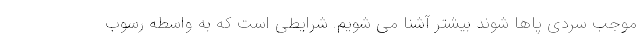
موجب سردی پاها شوند بیشتر آشنا می شویم. شرایطی است که به واسطه رسوب